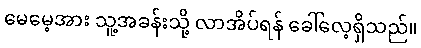
မေမေ့အား သူ့အခန်းသို့ လာအိပ်ရန် ခေါ်လေ့ရှိသည်။